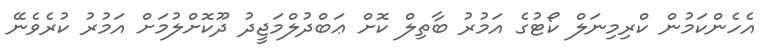
އެހެންކަމުން ކްރިމިނަލް ކޯޓުގެ އަމުރު ބާތިލް ކޮށް ޢަބްދުލްމަޖީދު ދޫކޮށްލުމަށް އަމުރު ކުރެވެނޭ